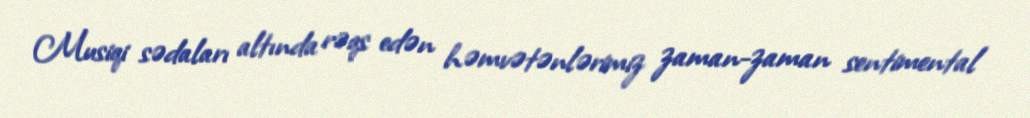
Musiqi sədaları altında rəqs edən həmvətənlərimiz zaman-zaman sentimental